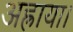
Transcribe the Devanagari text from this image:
अह्राया।